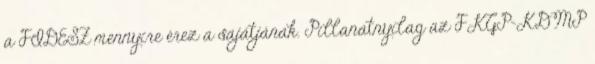
a FIDESZ mennyire érez a sajátjának. Pillanatnyilag az FKGP-KDMP